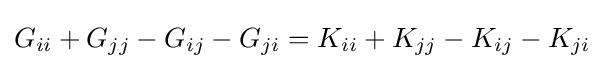
G_{ii}+G_{jj}-G_{ij}-G_{ji}=K_{ii}+K_{jj}-K_{ij}-K_{ji}\,\!